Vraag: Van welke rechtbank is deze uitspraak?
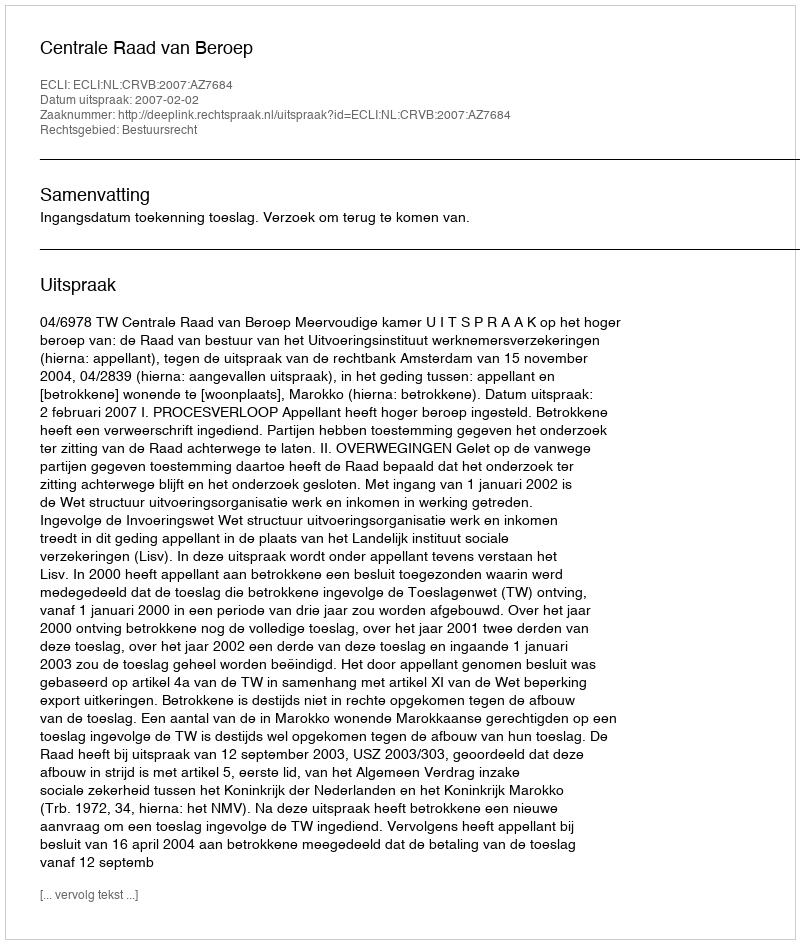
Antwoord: Centrale Raad van Beroep